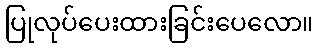
ပြုလုပ်ပေးထားခြင်းပေလော။